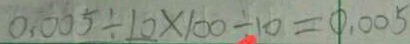
0 . 0 0 5 \div 1 0 \times 1 0 0 \div 1 0 = 1 . 0 0 5